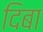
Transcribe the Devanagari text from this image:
दिबा